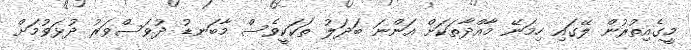
މީގެއިތުރުން ލޭގައި ހިމަނޭ މާއްދާތަކަށް އަންނަ ބަދަލު ތަކަކީވެސް މާބަނޑު ދުވަސްވަރު ދުޅަވުމަށް